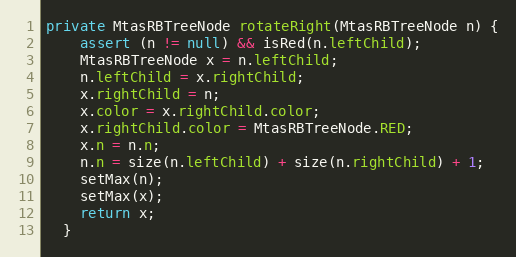
Language: Java
private MtasRBTreeNode rotateRight(MtasRBTreeNode n) {
    assert (n != null) && isRed(n.leftChild);
    MtasRBTreeNode x = n.leftChild;
    n.leftChild = x.rightChild;
    x.rightChild = n;
    x.color = x.rightChild.color;
    x.rightChild.color = MtasRBTreeNode.RED;
    x.n = n.n;
    n.n = size(n.leftChild) + size(n.rightChild) + 1;
    setMax(n);
    setMax(x);
    return x;
  }